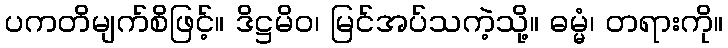
ပကတိမျက်စိဖြင့်။ ဒိဋ္ဌမိဝ၊ မြင်အပ်သကဲ့သို့။ ဓမ္မံ၊ တရားကို။